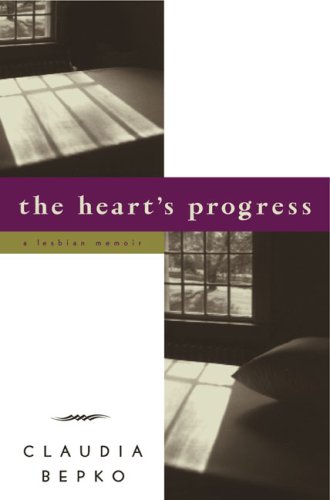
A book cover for The Heart's Progress: A Lesbian Memoir; Claudia Bepko; Gay & Lesbian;